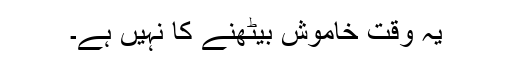
یہ وقت خاموش بیٹھنے کا نہیں ہے۔